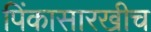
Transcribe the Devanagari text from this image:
पिंकासारखीच